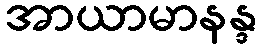
အာယာမာနန္ဒ